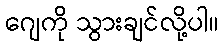
ဂျေကို သွားချင်လို့ပါ။